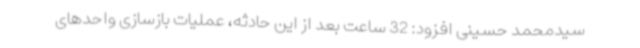
سیدمحمد حسینی افزود: 32 ساعت بعد از این حادثه، عملیات بازسازی واحدهای